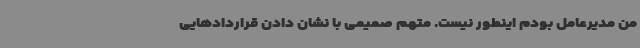
من مدیرعامل بودم اینطور نیست. متهم صمیمی با نشان دادن قراردادهایی